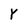
Character: Y